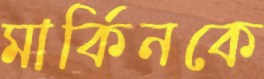
মার্কিনকে